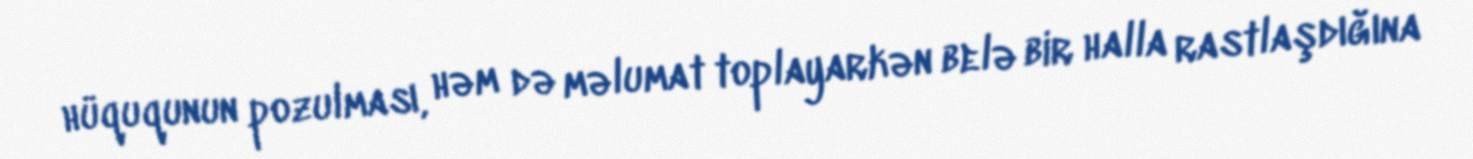
hüququnun pozulması, həm də məlumat toplayarkən belə bir halla rastlaşdığına